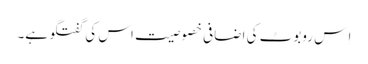
اِ س روبوٹ کی اضافی خصوصیت اس کی گفتگو ہے۔